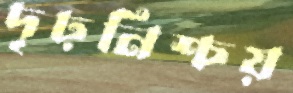
দৃঢ়নিশ্চয়